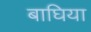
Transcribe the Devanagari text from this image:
बाघिया